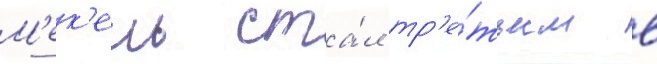
М'ек'ель ста́л тр'е́тьим в